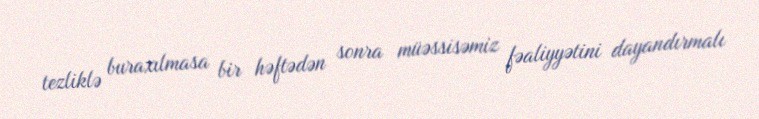
tezliklə buraxılmasa bir həftədən sonra müəssisəmiz fəaliyyətini dayandırmalı